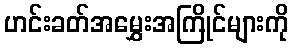
ဟင်းခတ်အမွှေးအကြိုင်များကို